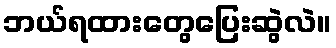
ဘယ်ရထားတွေပြေးဆွဲလဲ။